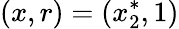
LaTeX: (x,r)=(x_{2}^{*},1)